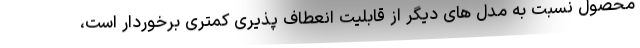
محصول نسبت به مدل های دیگر از قابلیت انعطاف پذیری کمتری برخوردار است،